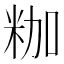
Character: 𮇒